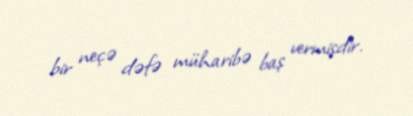
bir neçə dəfə müharibə baş vermişdir.